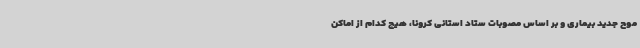
موج جدید بیماری و بر اساس مصوبات ستاد استانی کرونا، هیچ کدام از اماکن